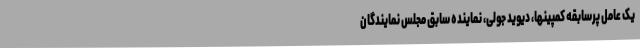
یک عامل پرسابقه کمپینها، دیوید جولی، نماینده سابق مجلس نمایندگان